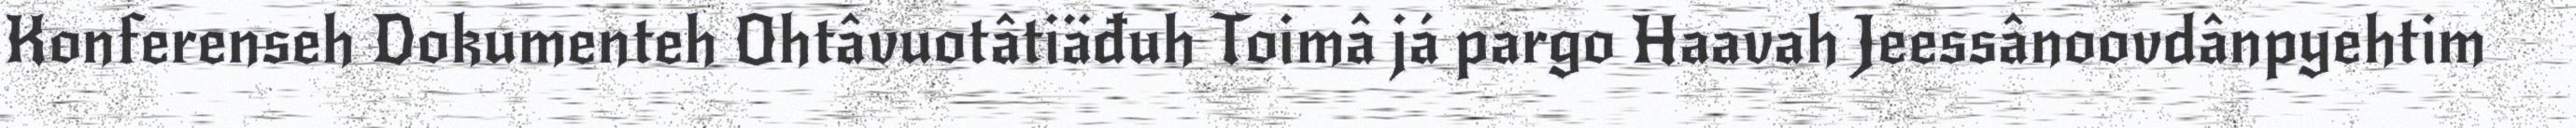
Konferenseh Dokumenteh Ohtâvuotâtiäđuh Toimâ já pargo Haavah Jeessânoovdânpyehtim